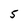
Character: 5